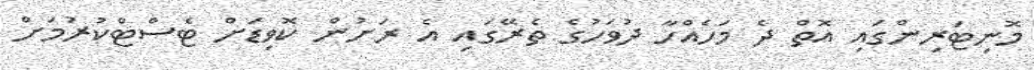
މޮނިޓަރިންގައި އޮތް ދެ މަހެއްހާ ދުވަހުގެ ތެރޭގައި އެ ރަށުން ކޮވިޑަށް ޓެސްޓްކުރުމަށް